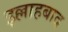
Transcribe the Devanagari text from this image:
इल्लाहबाद